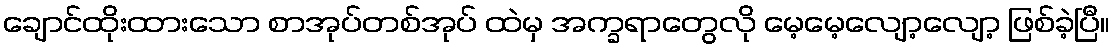
ချောင်ထိုးထားသော စာအုပ်တစ်အုပ် ထဲမှ အက္ခရာတွေလို မေ့မေ့လျော့လျော့ ဖြစ်ခဲ့ပြီ။